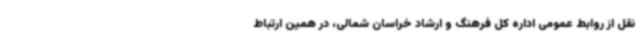
نقل از روابط عمومی اداره کل فرهنگ و ارشاد خراسان شمالی، در همین ارتباط